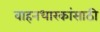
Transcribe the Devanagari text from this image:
वाहनधारकांसाठी